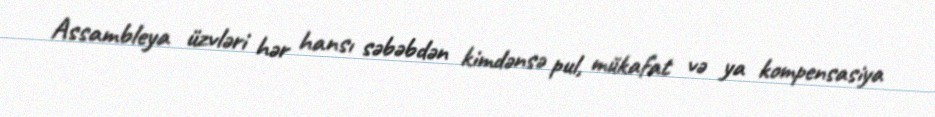
Assambleya üzvləri hər hansı səbəbdən kimdənsə pul, mükafat və ya kompensasiya